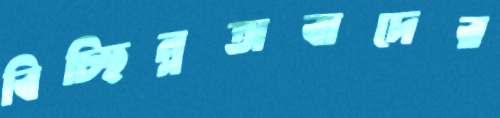
বিচ্ছিন্নতাবাদের